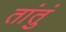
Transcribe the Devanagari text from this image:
तांतुं